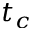
t _ { c }